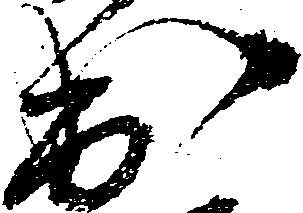
出